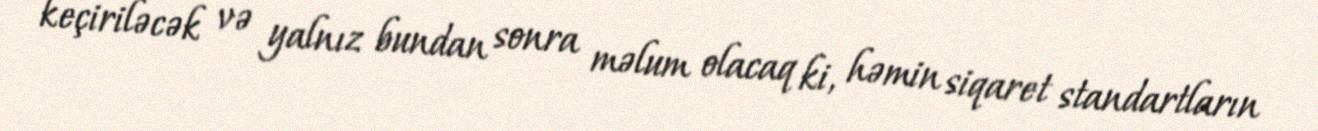
keçiriləcək və yalnız bundan sonra məlum olacaq ki, həmin siqaret standartların